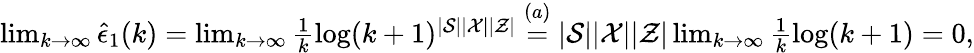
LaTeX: \begin{array}{r}{\operatorname*{lim}_{k\rightarrow\infty}\hat{\epsilon}_{1}(k)=\operatorname*{lim}_{k\rightarrow\infty}\frac{1}{k}\log(k+1)^{|\mathcal{S}||\mathcal{X}||\mathcal{Z}|}\overset{(a)}{=}|\mathcal{S}||\mathcal{X}||\mathcal{Z}|\operatorname*{lim}_{k\rightarrow\infty}\frac{1}{k}\log(k+1)=0,}\end{array}